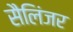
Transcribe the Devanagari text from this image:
सैलिंजर